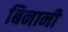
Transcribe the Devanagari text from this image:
बिनानी